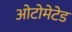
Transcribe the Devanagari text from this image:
ओटोमेटेड